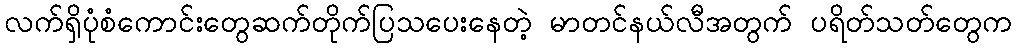
လက်ရှိပုံစံကောင်းတွေဆက်တိုက်ပြသပေးနေတဲ့ မာတင်နယ်လီအတွက် ပရိတ်သတ်တွေက